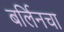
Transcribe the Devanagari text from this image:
बर्लिनचा